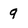
Character: 9